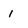
Character: 1